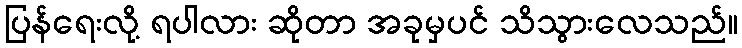
ပြန်ရေးလို့ ရပါလား ဆိုတာ အခုမှပင် သိသွားလေသည်။